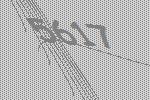
5617